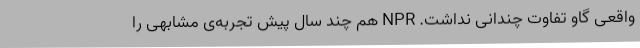
واقعی گاو تفاوت چندانی نداشت. NPR هم چند سال پیش تجربه‌ی مشابهی را